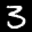
Label: 3